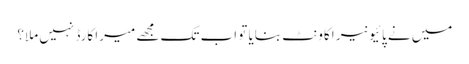
میں نے پائیونیر اکاونٹ بنایا تو اب تک مجھے میرا کارڈ نہیں ملا؟